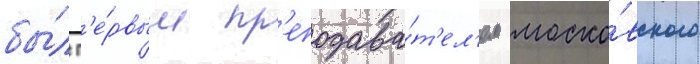
бы́л п'е́рвым пр'еподава́т'ел'ем моско́вского